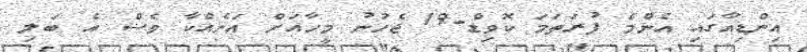
އިންޑިއާގައި އެންމެ ފުރަތަމަ ކޮވިޑް-19 ޖެހުނު މީހާއަށް އަނެއްކާ ވެސް އެ ބަލި